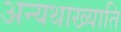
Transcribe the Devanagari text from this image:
अन्यथाख्याति